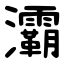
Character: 灞